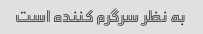
به نظر سرگرم کننده است